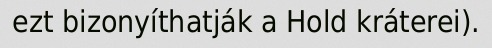
ezt bizonyíthatják a Hold kráterei).